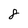
Character: 8